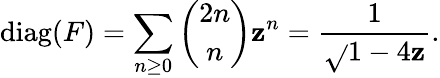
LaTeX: \operatorname{diag}(F)=\sum_{n\geq0}{\binom{2n}{n}}\mathbf{z}^{n}={\frac{{1}}{{\sqrt{}{{1-4\mathbf{z}}}}}}.